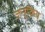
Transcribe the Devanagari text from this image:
जनूकिय